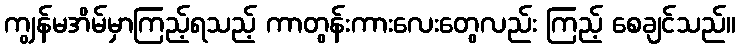
ကျွန်မအိမ်မှာကြည့်ရသည့် ကာတွန်းကားလေးတွေလည်း ကြည့် စေချင်သည်။